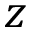
z